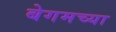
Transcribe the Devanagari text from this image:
बेगमच्या